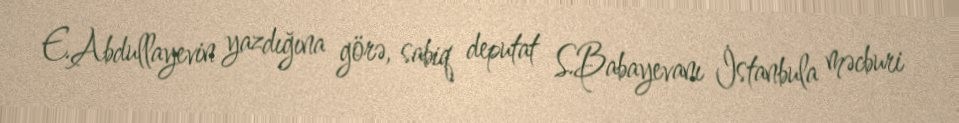
E.Abdullayevin yazdığına görə, sabiq deputat S.Babayevanı İstanbula məcburi